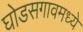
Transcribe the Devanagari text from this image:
घोडसगावमध्ये